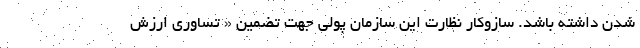
شدن داشته باشد. سازوکار نظارت این سازمان پولی جهت تضمین « تساوری ارزش